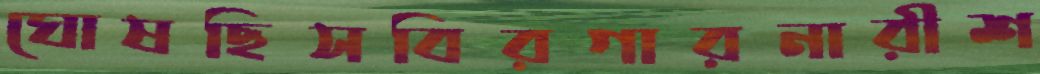
ঘোষছিসবিরগারনারীশ